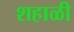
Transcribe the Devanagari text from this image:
शहाळी